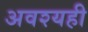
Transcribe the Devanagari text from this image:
अवश्यही